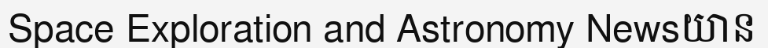
Space Exploration and Astronomy Newsយាន